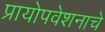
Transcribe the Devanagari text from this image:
प्रायोपवेशनाचे